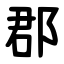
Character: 郡